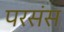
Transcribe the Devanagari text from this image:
परसंस